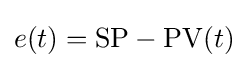
e(t)=\mathrm {SP} -\mathrm {PV} (t)